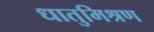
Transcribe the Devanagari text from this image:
धातुमिश्रण